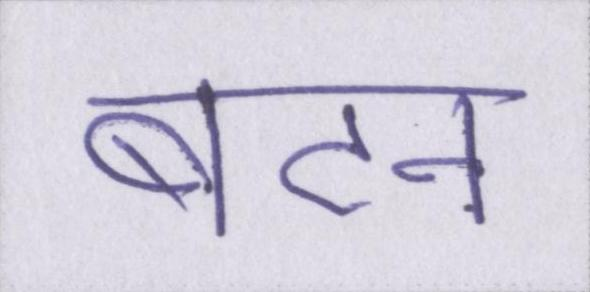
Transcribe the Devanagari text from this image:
बटन